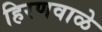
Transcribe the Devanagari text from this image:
हिरणवाळे